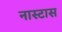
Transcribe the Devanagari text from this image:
नास्टास